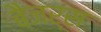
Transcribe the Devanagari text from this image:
बैजर्स